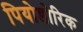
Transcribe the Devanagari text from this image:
पियोडोरिक